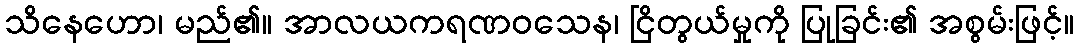
သိနေဟော၊ မည်၏။ အာလယကရဏဝသေန၊ ငြိတွယ်မှုကို ပြုခြင်း၏ အစွမ်းဖြင့်။